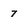
Character: 7